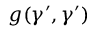
g ( \gamma ^ { \prime } , \gamma ^ { \prime } )